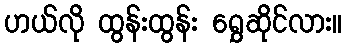
ဟယ်လို ထွန်းထွန်း ရွှေဆိုင်လား။